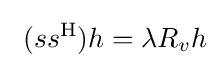
\ (ss^{\mathrm {H} })h=\lambda R_{v}h